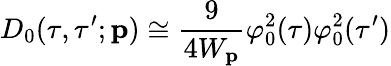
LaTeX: D_{0}(\tau,\tau^{\prime};{\mathbf p})\cong{\frac{9}{4W_{\mathbf p}}}\varphi_{0}^{2}(\tau)\varphi_{0}^{2}(\tau^{\prime})